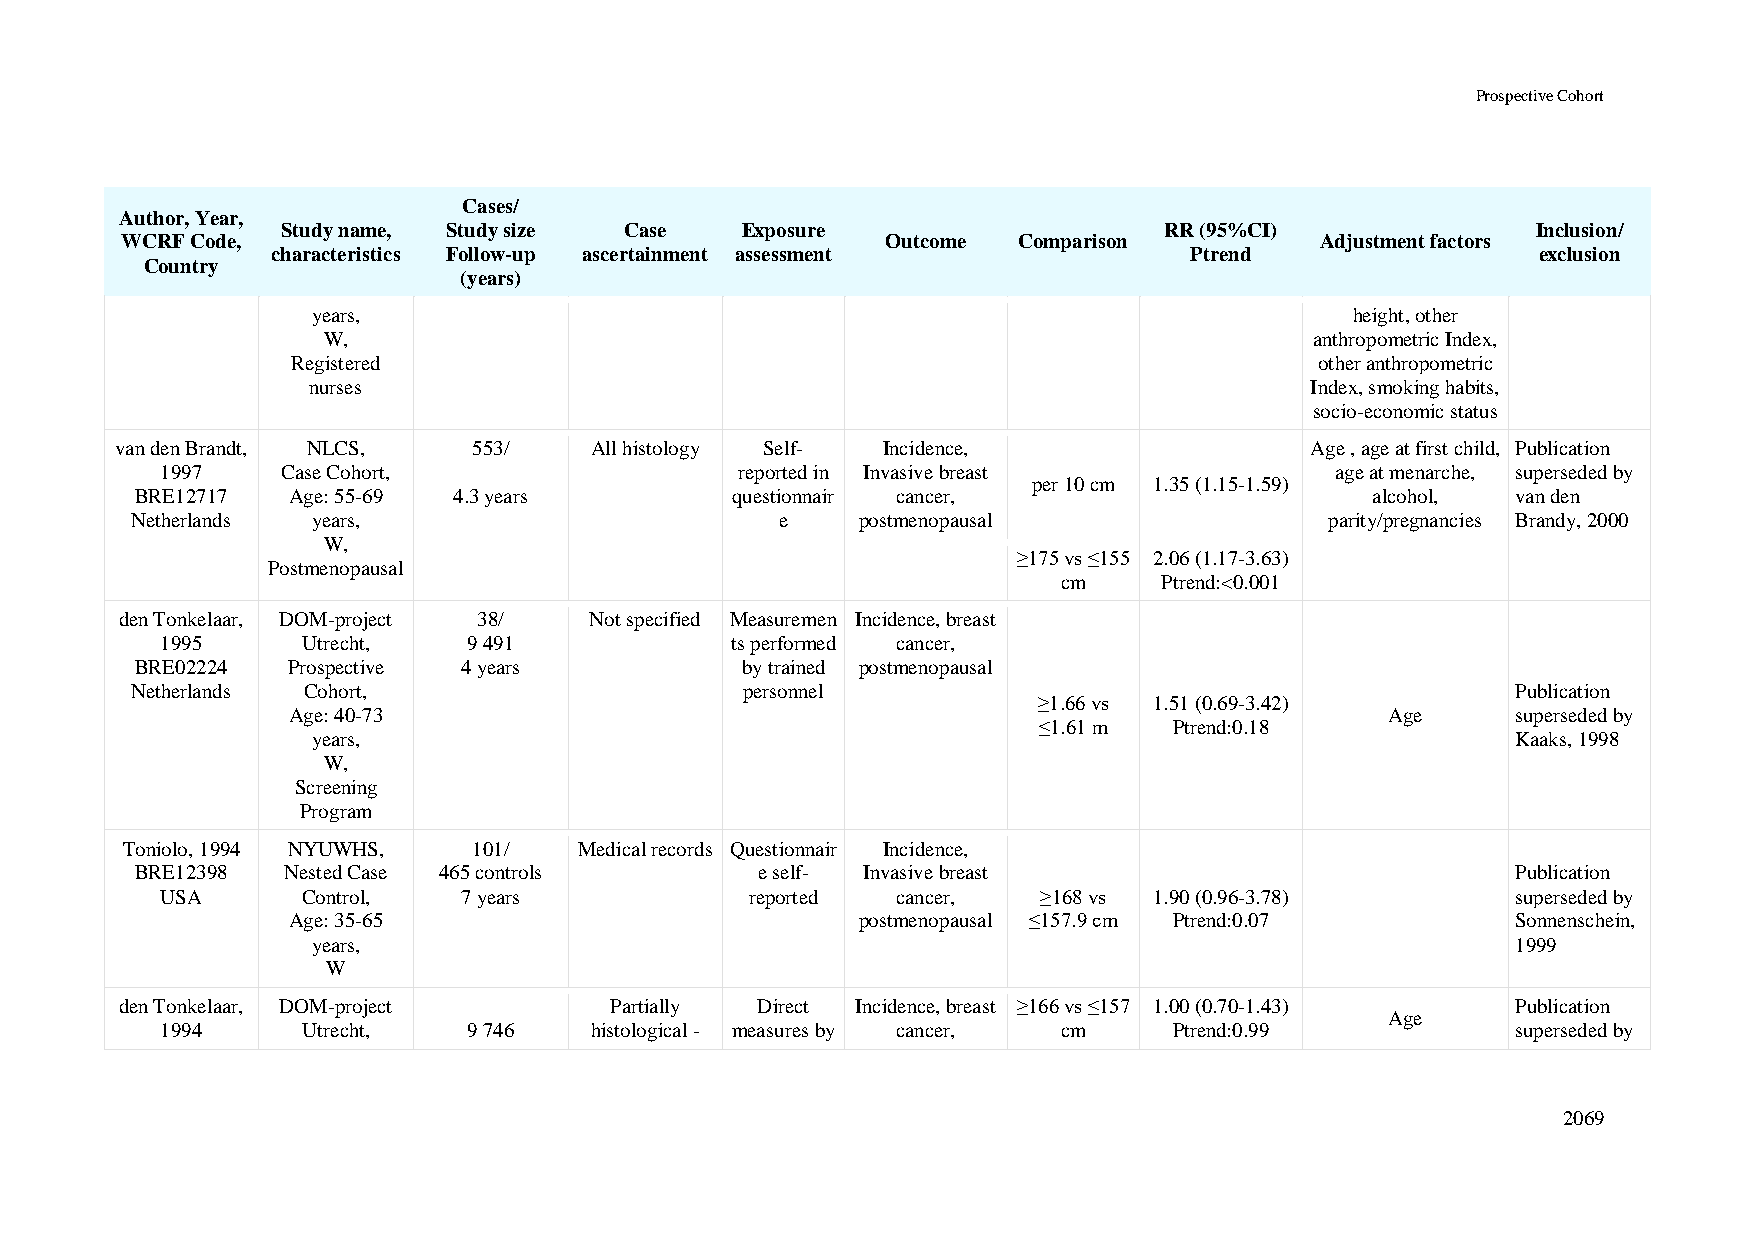
Prospective Cohort
 Cases/
 Author, Year,
 Study name, Study size Case   Exposure                    RR (95%CI)               Inclusion/
 WCRF Code,                                         Outcome Comparison          Adjustment factors
 characteristics Follow-up ascertainment assessment           Ptrend                 exclusion
 Country
 (years)
 years,                                                               height, other
 W,                                                                anthropometric Index,
 Registered                                                          other anthropometric
 nurses                                                             Index, smoking habits,
 socio-economic status
 van den Brandt, NLCS,  553/    All histology Self- Incidence,                  Age , age at first child, Publication
 1997    Case Cohort,                  reported in Invasive breast            age at menarche, superseded by
 per 10 cm 1.35 (1.15-1.59)
 BRE12717  Age: 55-69 4.3 years         questionnair cancer,                       alcohol, van den
 Netherlands years,                         e    postmenopausal                 parity/pregnancies Brandy, 2000
 W,
 ≥175 vs ≤155 2.06 (1.17-3.63)
 Postmenopausal
 cm     Ptrend:<0.001
 den Tonkelaar, DOM-project 38/ Not specified Measuremen Incidence, breast
 1995     Utrecht,   9 491            ts performed cancer,
 BRE02224  Prospective 4 years           by trained postmenopausal
 Netherlands Cohort,                     personnel                                          Publication
 ≥1.66 vs 1.51 (0.69-3.42)
 Age: 40-73                                                               Age     superseded by
 ≤1.61 m  Ptrend:0.18
 years,                                                                         Kaaks, 1998
 W,
 Screening
 Program
 Toniolo, 1994 NYUWHS,  101/   Medical records Questionnair Incidence,
 BRE12398  Nested Case 465 controls       e self- Invasive breast                           Publication
 USA      Control,   7 years            reported cancer,   ≥168 vs 1.90 (0.96-3.78)       superseded by
 Age: 35-65                            postmenopausal ≤157.9 cm Ptrend:0.07       Sonnenschein,
 years,                                                                         1999
 W
 den Tonkelaar, DOM-project      Partially Direct Incidence, breast ≥166 vs ≤157 1.00 (0.70-1.43) Publication
 Age
 1994     Utrecht,   9 746   histological - measures by cancer, cm  Ptrend:0.99           superseded by
 2069